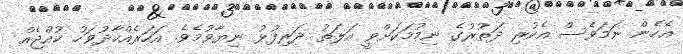
އެހެން ނަމަވެސް އެކުރި ދަތުރުގެ ނިމުމަކަށްވީ އަލަތު ދަރިފުޅު ނިޔާވުމެވެ. އަހަރެއްހާދުވަހު ކުއްޖެއް